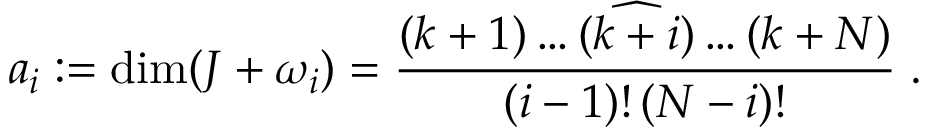
a _ { i } : = \dim ( J + \omega _ { i } ) = \frac { ( k + 1 ) \dots ( \widehat { k + i } ) \dots ( k + N ) } { ( i - 1 ) ! \, ( N - i ) ! } \; .